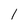
Character: 1